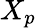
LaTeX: X_{p}